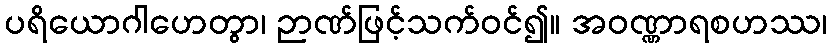
ပရိယောဂါဟေတွာ၊ ဉာဏ်ဖြင့်သက်ဝင်၍။ အဝဏ္ဏာရစဟဿ၊